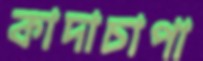
কাদাচাপা